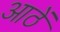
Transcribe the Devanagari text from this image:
आठें